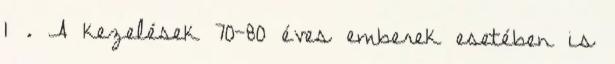
1 . A kezelések 70-80 éves emberek esetében is